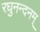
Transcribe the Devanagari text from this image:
रघुनन्दनम्‌